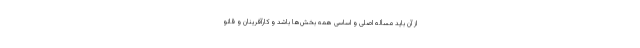
از آن باید مسأله اصلی و اساسی همه بخش‌ها باشد و کارآفرینان و قانو